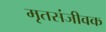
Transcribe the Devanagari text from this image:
मृतसंजीवक